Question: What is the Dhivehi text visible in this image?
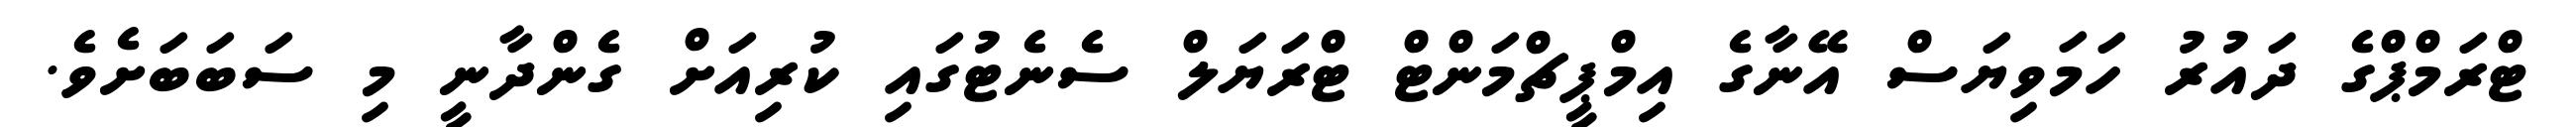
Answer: ޓްރަމްޕްގެ ދައުރު ހަމަވިޔަސް އޭނާގެ އިމްޕީޗްމަންޓް ޓްރަޔަލް ސެނެޓުގައި ކުރިއަށް ގެންދާނީ މި ސަބަބަށެވެ.